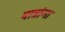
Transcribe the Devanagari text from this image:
यात्रांना